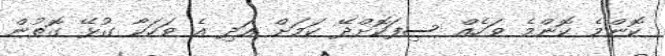
ކޮންމެ ކޮންމެ ވަހެއް ސިފަކޮށްދޭ ކަމަށް އަދި އެ ވަހަކާ ގުޅޭ ގޮތުން